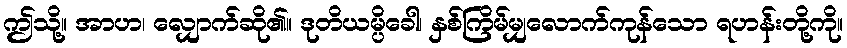
ဤသို့။ အာဟ၊ လျှောက်ဆို၏။ ဒုတိယမ္ပိခေါ၊ နှစ်ကြိမ်မျှလောက်ကုန်သော ရဟန်းတို့ကို။